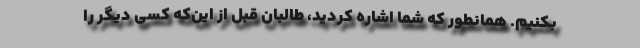
بکنیم. همانطور که شما اشاره کردید، طالبان قبل از این‌که کسی دیگر را